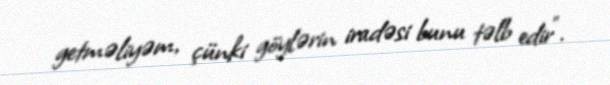
getməliyəm, çünki göylərin iradəsi bunu təlb edir”.